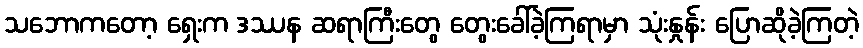
သဘောကတော့ ရှေးက ဒဿန ဆရာကြီးတွေ တွေးခေါ်ခဲ့ကြရာမှာ သုံးနှုန်း ပြောဆိုခဲ့ကြတဲ့